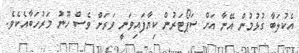
އެކުލަބާ ގުޅުމުން އޭނާ އަށް ސަޕޯޓަރުން ކިޔާފައިވަނީ ވަރަށް ވެސް ހޫނު މަރުހަބާއެކެވެ.